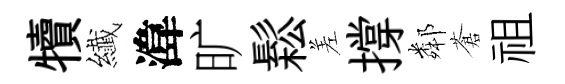
犢纎湋旷鬆差撐鄰蒼祖